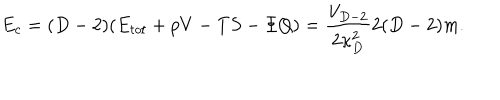
LaTeX: E _ { c } = ( D - 2 ) ( E _ { t o t } + p V - T S - \Phi Q ) = { \frac { V _ { D - 2 } } { 2 \kappa _ { D } ^ { 2 } } } 2 ( D - 2 ) m .